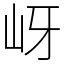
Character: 岈